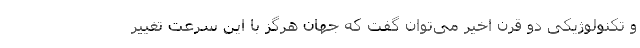
و تکنولوژیکی دو قرن اخیر می‌توان گفت که جهان هرگز با این سرعت تغییر